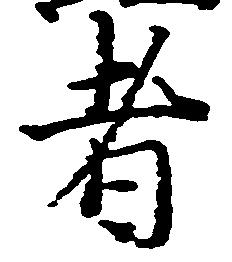
者